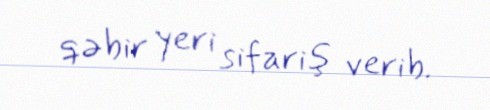
qəbir yeri sifariş verib.